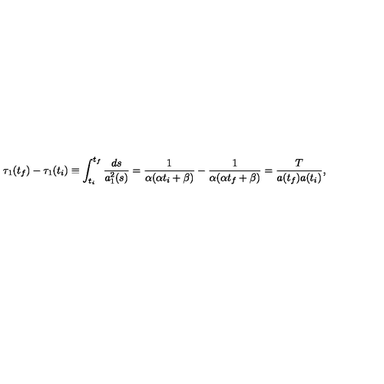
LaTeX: \tau _ { 1 } ( t _ { f } ) - \tau _ { 1 } ( t _ { i } ) \equiv \int _ { t _ { i } } ^ { t _ { f } } \frac { d s } { a _ { 1 } ^ { 2 } ( s ) } = \frac { 1 } { \alpha ( \alpha t _ { i } + \beta ) } - \frac { 1 } { \alpha ( \alpha t _ { f } + \beta ) } = \frac { T } { a ( t _ { f } ) a ( t _ { i } ) } ,